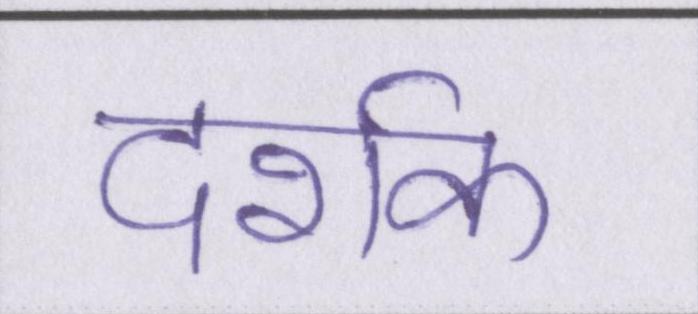
दर्शक